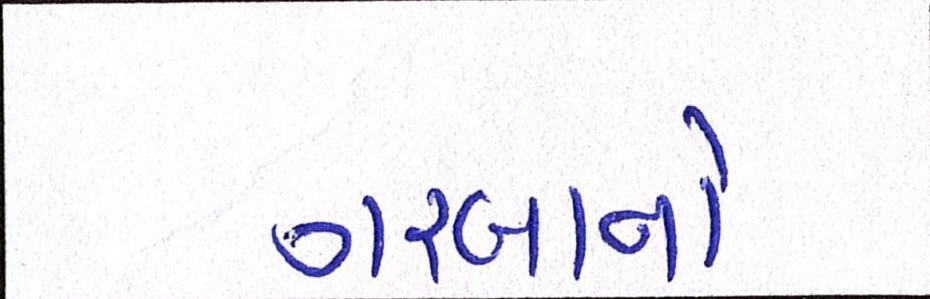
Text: ગરબાનો